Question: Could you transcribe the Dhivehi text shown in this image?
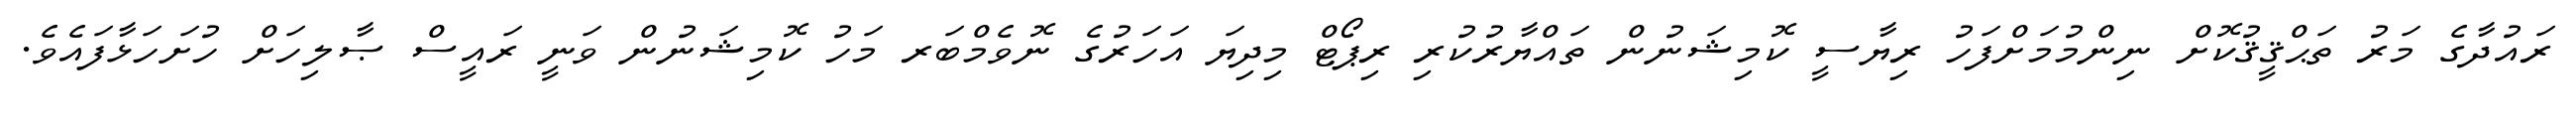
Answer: ރައުދާގެ މަރު ތަޙްޤީޤުކޮށް ނިންމުމަށްފަހު ރިޔާސީ ކޮމިޝަނުން ތައްޔާރުކުރި ރިޕޯޓް މިދިޔަ އަހަރުގެ ނޮވެމްބަރ މަހު ކޮމިޝަނުން ވަނީ ރައީސް ޞާލިހަށް ހުށަހަޅާފައެވެ.